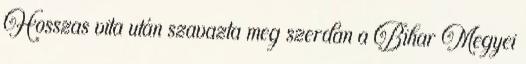
Hosszas vita után szavazta meg szerdán a Bihar Megyei